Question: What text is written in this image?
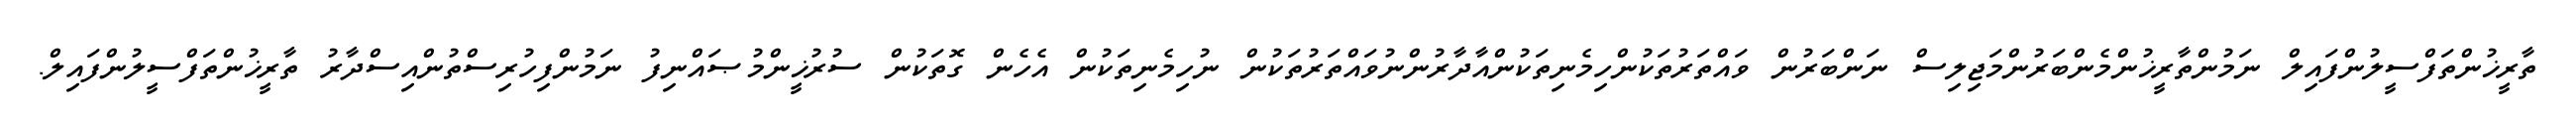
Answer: ތާރީޚުންތަފްސީލުންފައިލް ނަމުންތާރީޚުންމެންބަރުންމަޖިލިސް ނަންބަރުން ވައްތަރުތަކުންހިމެނިތަކުންއާދާރުންނުވައްތަރުތަކުން ނުހިމެނިތަކުން އެހެން ގޮތަކުން ސުރުޚީންމުޞައްނިފު ނަމުންފިހުރިސްތުންއިސްދާރު ތާރީޚުންތަފްސީލުންފައިލް.